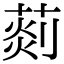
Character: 𦵹